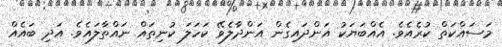
މަސައްކަތް ކުރެއެވެ. އެއްބަޔަކު އަންދައިގެން އަންދާލެވޭ ކަހަލަ ކުނިތައް ނައްތާލައެވެ. އަދި ބައެއް